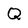
Character: Q